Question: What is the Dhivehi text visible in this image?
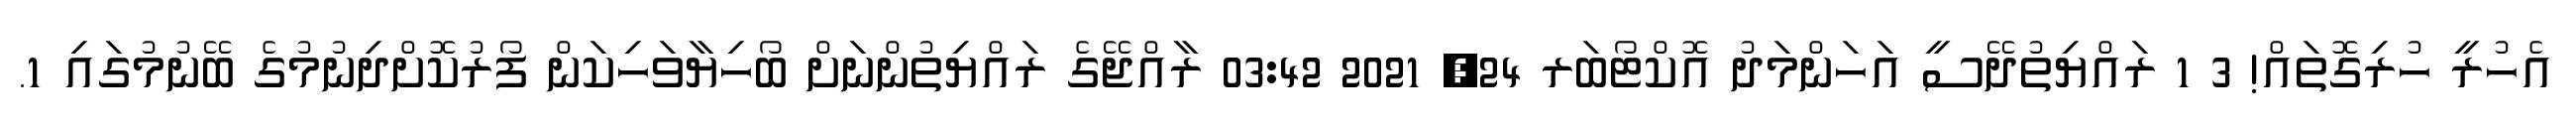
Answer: އެހުރީ ހުރިގޮތައް! 3 1 ރައްޔިތުދޭސީ އަހަންމަދު އޮކްޓޯބަރ 24, 2021 03:42 ރާއްޖޭގެ ރައްޔިތުންނަށް ބޯހިޔާވަހިކަން ފޯރުކޮށްދިނުމުގެ ބޭނުމުގައި 1.